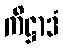
ကိဋ္ဌာဒံ